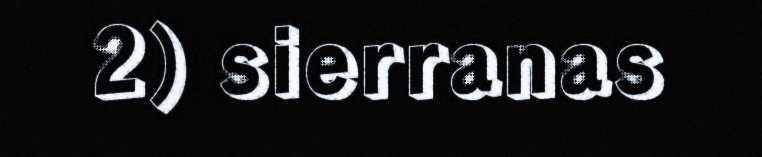
2) sierranas